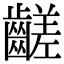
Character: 𪙉